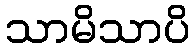
သာမိသာပိ